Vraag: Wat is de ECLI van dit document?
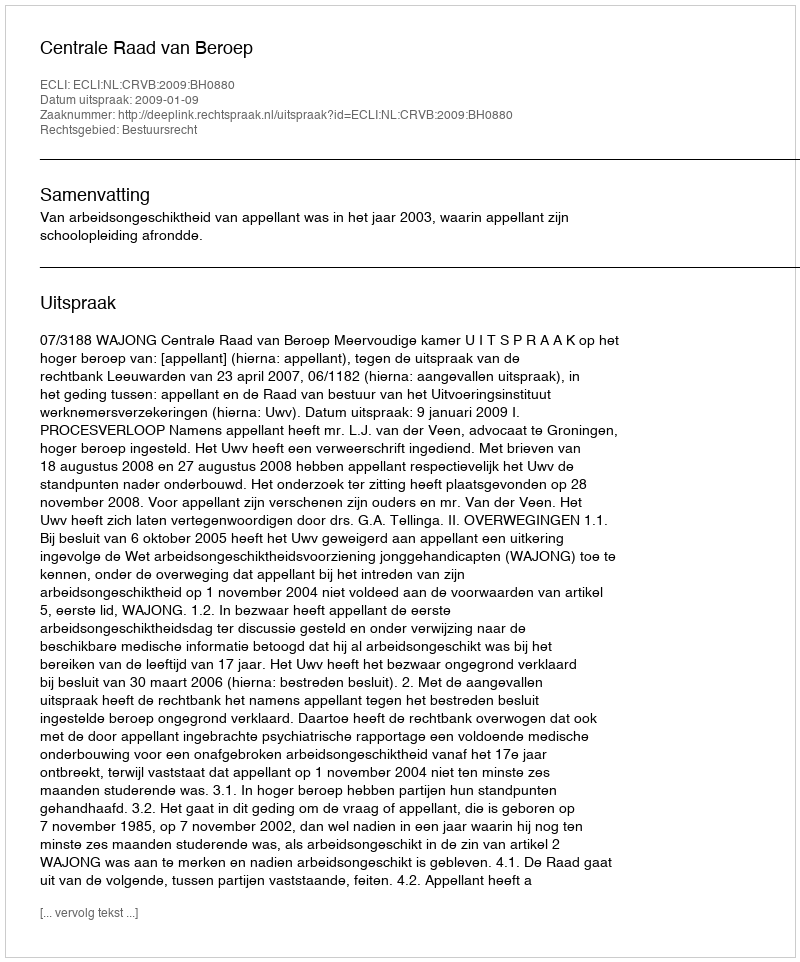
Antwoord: ECLI:NL:CRVB:2009:BH0880